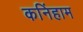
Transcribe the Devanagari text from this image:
कनिंहाम